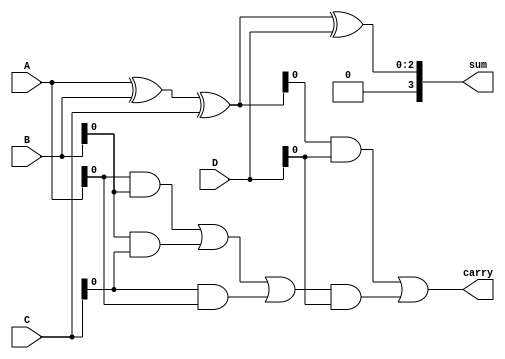
module carry_save_adder (
    input [2:0] A, // First operand
    input [2:0] B, // Second operand
    input [2:0] C, // Third operand
    input [2:0] D, // Fourth operand
    output [3:0] sum, // Final sum output
    output carry // Final carry output
);

    // Intermediate signals for partial sums and carries
    wire [2:0] sum1, sum2, sum3;
    wire carry1, carry2, carry3;

    // First level of CSA
    // Group A, B, C
    assign sum1 = A ^ B ^ C; // Partial sum
    assign carry1 = (A & B) | (B & C) | (C & A); // Carry

    // Group sum1, D
    assign sum2 = sum1 ^ D; // Partial sum
    assign carry2 = (sum1 & D) | (carry1 & D); // Carry

    // Final stage
    assign sum3 = sum2; // Final partial sum
    assign carry3 = carry2; // Final carry

    // Final result
    assign sum = sum3;
    assign carry = carry3;

endmodule